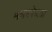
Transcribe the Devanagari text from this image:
मशरफेला